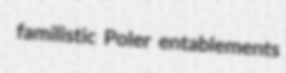
familistic Poler entablements